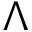
\Lambda